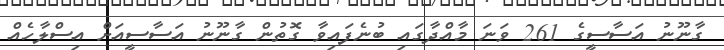
ގާނޫނު އަސާސީގެ 261 ވަނަ މާއްދާގައި ބުނެފައިވާ ގޮތުން ގާނޫނު އަސާސީއަށް އިސްލާހެއް